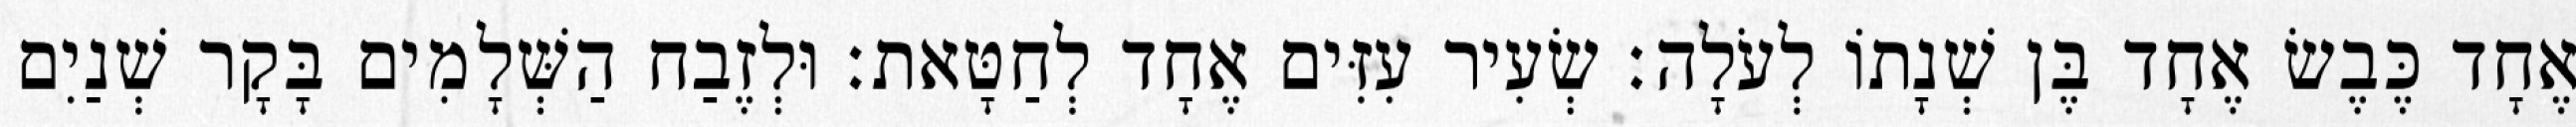
אֶחָד כֶּבֶשׂ אֶחָד בֶּן שְׁנָתוֹ לְעֹלָה׃ שְׂעִיר עִזִּים אֶחָד לְחַטָּאת׃ וּלְזֶבַח הַשְּׁלָמִים בָּקָר שְׁנַיִם